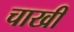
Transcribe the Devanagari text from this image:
चाखी